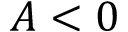
A < 0